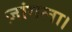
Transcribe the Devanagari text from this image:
ज़ांगला।